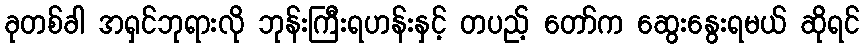
ခုတစ်ခါ အရှင်ဘုရားလို ဘုန်းကြီးရဟန်းနှင့် တပည့် တော်က ဆွေးနွေးရမယ် ဆိုရင်